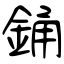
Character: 銿